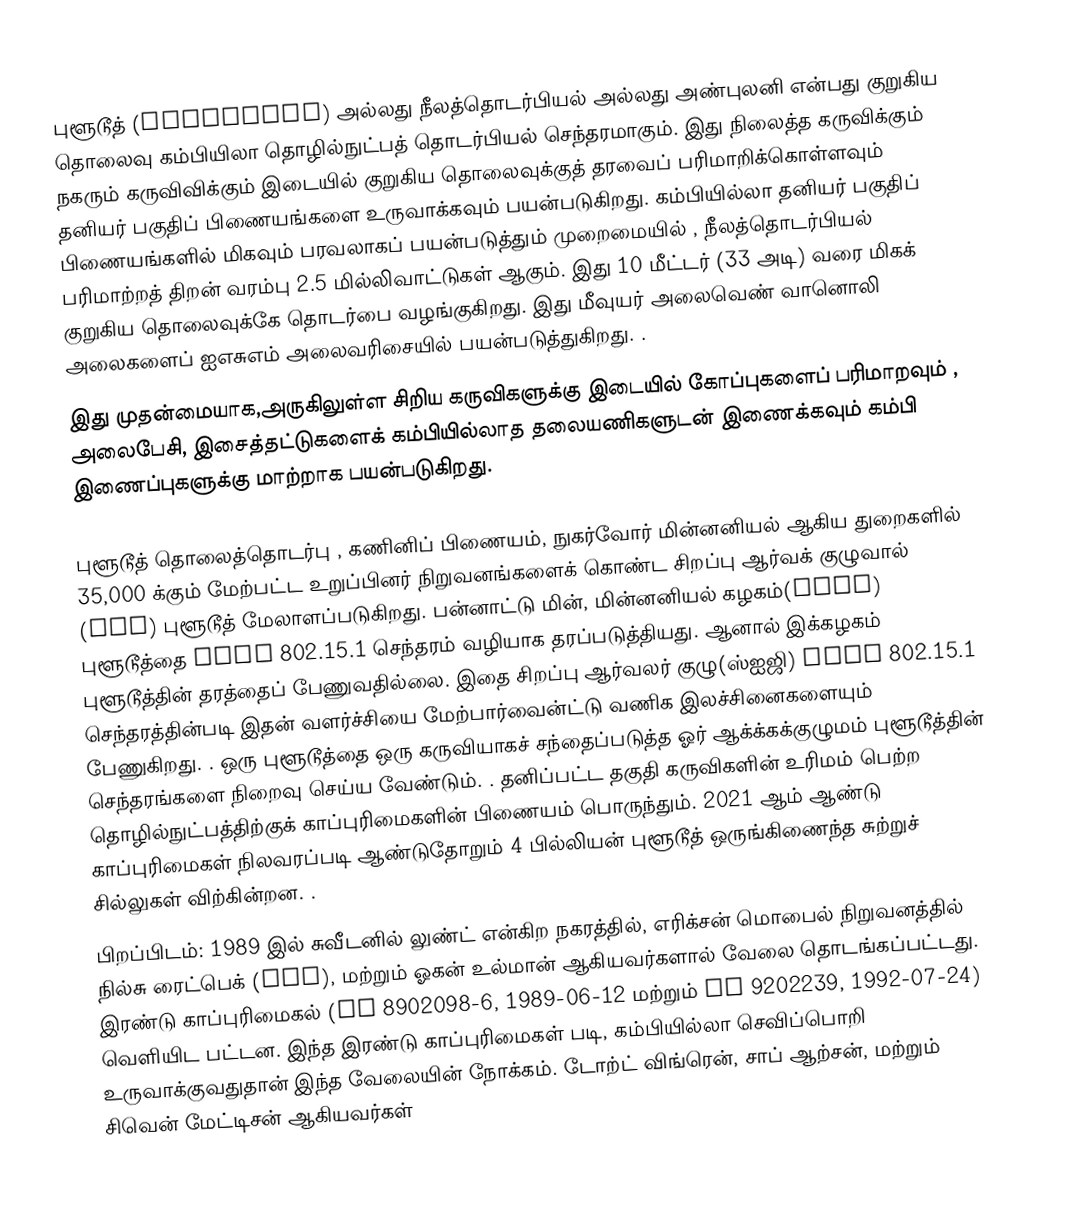
புளூடூத் (Bluetooth) அல்லது நீலத்தொடர்பியல் அல்லது அண்புலனி என்பது குறுகிய தொலைவு கம்பியிலா தொழில்நுட்பத் தொடர்பியல் செந்தரமாகும்.  இது நிலைத்த கருவிக்கும் நகரும்  கருவிவிக்கும் இடையில் குறுகிய தொலைவுக்குத் தரவைப் பரிமாறிக்கொள்ளவும் தனியர் பகுதிப் பிணையங்களை உருவாக்கவும் பயன்படுகிறது. கம்பியில்லா தனியர் பகுதிப் பிணையங்களில் மிகவும் பரவலாகப் பயன்படுத்தும் முறைமையில் , நீலத்தொடர்பியல் பரிமாற்றத் திறன் வரம்பு 2.5 மில்லிவாட்டுகள் ஆகும். இது 10 மீட்டர் (33 அடி) வரை மிகக் குறுகிய தொலைவுக்கே தொடர்பை வழங்குகிறது.  இது மீவுயர் அலைவெண் வானொலி அலைகளைப்   ஐஎசுஎம் அலைவரிசையில் பயன்படுத்துகிறது. .
இது முதன்மையாக,அருகிலுள்ள சிறிய கருவிகளுக்கு இடையில் கோப்புகளைப் பரிமாறவும் , அலைபேசி, இசைத்தட்டுகளைக் கம்பியில்லாத தலையணிகளுடன் இணைக்கவும் கம்பி இணைப்புகளுக்கு மாற்றாக பயன்படுகிறது.

புளூடூத் தொலைத்தொடர்பு , கணினிப் பிணையம், நுகர்வோர் மின்னனியல் ஆகிய துறைகளில் 35,000 க்கும் மேற்பட்ட உறுப்பினர் நிறுவனங்களைக் கொண்ட சிறப்பு ஆர்வக் குழுவால் (SIG) புளூடூத்  மேலாளப்படுகிறது. பன்னாட்டு மின், மின்னனியல் கழகம்(IEEE) புளூடூத்தை IEEE 802.15.1 செந்தரம் வழியாக தரப்படுத்தியது. ஆனால் இக்கழகம் புளூடூத்தின் தரத்தைப்  பேணுவதில்லை. இதை சிறப்பு ஆர்வலர் குழு(ஸ்ஐஜி)   IEEE 802.15.1 செந்தரத்தின்படி இதன் வளர்ச்சியை மேற்பார்வைன்ட்டு வணிக  இலச்சினைகளையும்  பேணுகிறது. .  ஒரு புளூடூத்தை  ஒரு கருவியாகச் சந்தைப்படுத்த ஓர் ஆக்க்கக்குழுமம்  புளூடூத்தின் செந்தரங்களை நிறைவு செய்ய வேண்டும். .  தனிப்பட்ட தகுதி  கருவிகளின் உரிமம் பெற்ற தொழில்நுட்பத்திற்குக் காப்புரிமைகளின் பிணையம் பொருந்தும். 2021 ஆம் ஆண்டு காப்புரிமைகள் நிலவரப்படி ஆண்டுதோறும் 4 பில்லியன் புளூடூத் ஒருங்கிணைந்த சுற்றுச் சில்லுகள் விற்கின்றன. .
பிறப்பிடம்: 1989 இல் சுவீடனில் லுண்ட் என்கிற நகரத்தில், எரிக்சன் மொபைல் நிறுவனத்தில் நில்சு ரைட்பெக் (CTO), மற்றும் ஓகன் உல்மான் ஆகியவர்களால் வேலை தொடங்கப்பட்டது. இரண்டு காப்புரிமைகல் (SE 8902098-6, 1989-06-12 மற்றும் SE 9202239, 1992-07-24) வெளியிட பட்டன. இந்த இரண்டு காப்புரிமைகள் படி, கம்பியில்லா செவிப்பொறி உருவாக்குவதுதான் இந்த வேலையின் நோக்கம். டோற்ட் விங்ரென், சாப் ஆற்சன்,  மற்றும் சிவென் மேட்டிசன் ஆகியவர்கள்